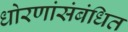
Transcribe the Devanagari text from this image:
धोरणांसंबंधित